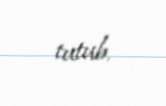
tutub.